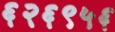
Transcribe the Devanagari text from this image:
६२६९५६